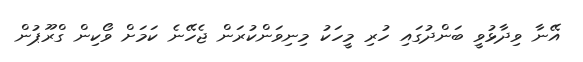
އޭނާ ވިދާޅުވީ ބަންދުގައި ހުރި މީހަކު މިނިވަންކުރަން ޖެހޭނެ ކަމަށް ވޯކިން ގްރޫޕުން